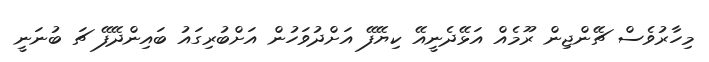
މިހާރުވެސް ޗޭންޖިން ރޫމެއް އަޅޭދެނީއޭ ކިޔޭފޭ އަށްދުވަހުން އަށްބުރިގައު ބައިންދޭފޭ ޗަ ބުނަނީ